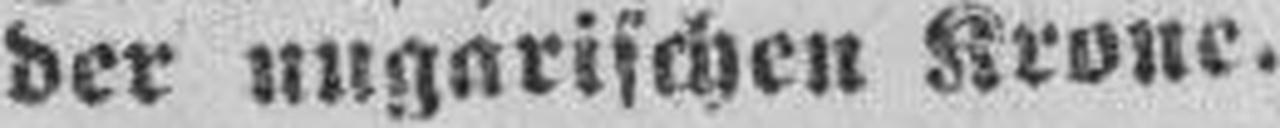
der ungarischen Krone.